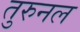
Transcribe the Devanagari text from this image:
तुरुनल